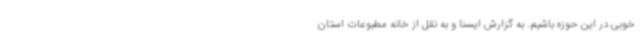
خوبی در این حوزه باشیم. به گزارش ایسنا و به نقل از خانه مطبوعات استان